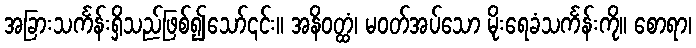
အခြားသင်္ကန်းရှိသည်ဖြစ်၍သော်၎င်း။ အနိဝတ္ထံ၊ မဝတ်အပ်သော မိုးရေခံသင်္ကန်းကို။ စောရာ၊